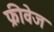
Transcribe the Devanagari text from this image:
फ्रीवेज